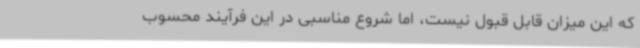
که این میزان قابل قبول نیست، اما شروع مناسبی در این فرآیند محسوب